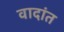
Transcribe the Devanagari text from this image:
वादांत